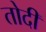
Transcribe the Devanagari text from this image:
तोदी